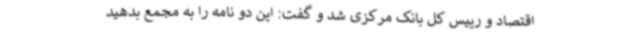
اقتصاد و رییس کل بانک مرکزی شد و گفت: این دو نامه را به مجمع بدهید